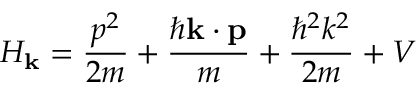
H _ { \mathbf { k } } = { \frac { p ^ { 2 } } { 2 m } } + { \frac { \hbar \mathbf { k } \cdot \mathbf { p } } { m } } + { \frac { \hbar ^ { 2 } k ^ { 2 } } { 2 m } } + V